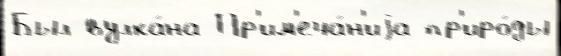
Был вулка́на Пр'им'еча́н'иjа пр'иро́ды